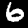
Label: 6